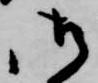
御